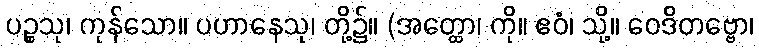
ပဉ္စသု၊ ကုန်သော။ ပဟာနေသု၊ တို့၌။ (အတ္ထော၊ ကို။ ဧဝံ၊ သို့။ ဝေဒိတဗ္ဗော၊